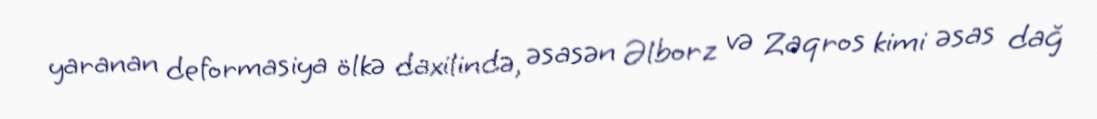
yaranan deformasiya ölkə daxilində, əsasən Əlborz və Zaqros kimi əsas dağ